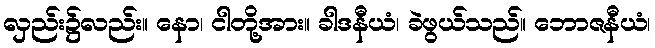
လှည်း၌လည်း။ နော၊ ငါတို့အား။ ခါဒနီယံ၊ ခဲဖွယ်သည်။ ဘောဇနီယံ၊